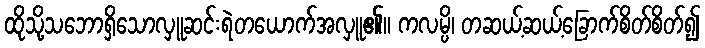
ထိုသို့သဘောရှိသောလှူဆင်းရဲတယောက်အလှူ၏။ ကလမ္ပိ၊ တဆယ့်ဆယ့်ခြောက်စိတ်စိတ်၍